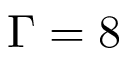
\Gamma = 8